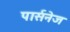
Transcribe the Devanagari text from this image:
पार्सनेज